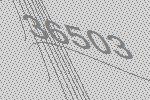
36503